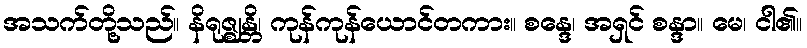
အသက်တို့သည်။ နိရုဇ္ဈန္တိ၊ ကုန်ကုန်ယောင်တကား။ စန္ဒေ၊ အရှင် စန္ဒာ။ မေ၊ ငါ၏။